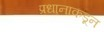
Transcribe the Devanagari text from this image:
प्रधानाकडून